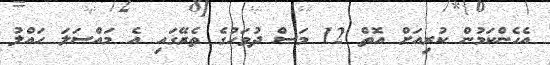
އެހެންކަމުން ކުރިއަށް އޮތް 12 މަސް ދުވަހުގެ ތެރޭގައި އެ މައްސަލަ ހައްލު